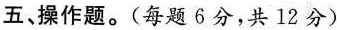
五、操作题。(每题6分，共12分)